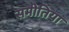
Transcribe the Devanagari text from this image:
समीतिया